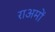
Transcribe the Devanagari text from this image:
राअमों